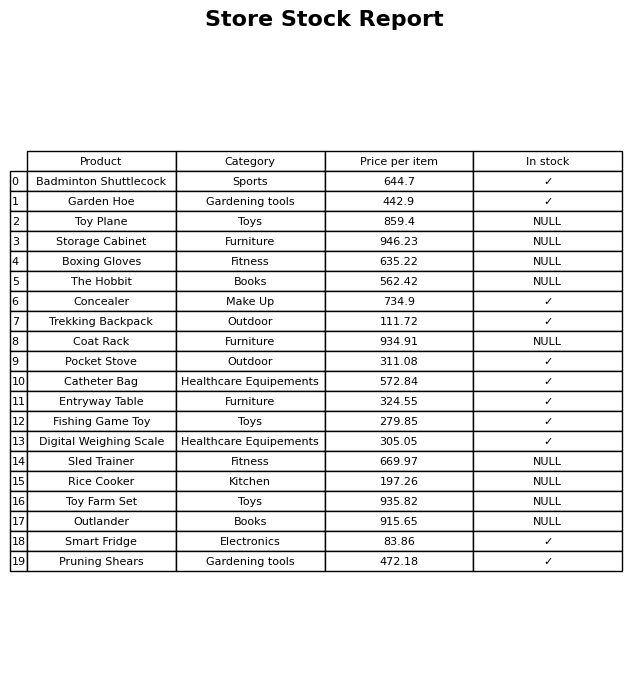
question: What is the price of the Entryway Table?
answer: The price of Entryway Table is 324.55.